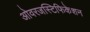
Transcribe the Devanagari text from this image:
ओवरजस्टिफिकेशन